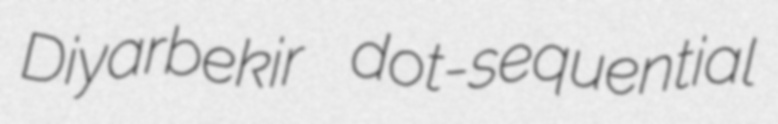
Diyarbekir dot-sequential